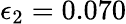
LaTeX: \epsilon_{2}=0.070